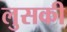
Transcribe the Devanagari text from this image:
लुसकी